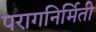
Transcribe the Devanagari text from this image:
परागनिर्मिती